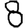
Digit: 8